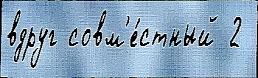
вдруг совм'е́стный 2